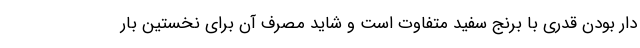
دار بودن قدری با برنج سفید متفاوت است و شاید مصرف آن برای نخستین بار